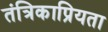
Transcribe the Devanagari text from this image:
तंत्रिकाप्रियता